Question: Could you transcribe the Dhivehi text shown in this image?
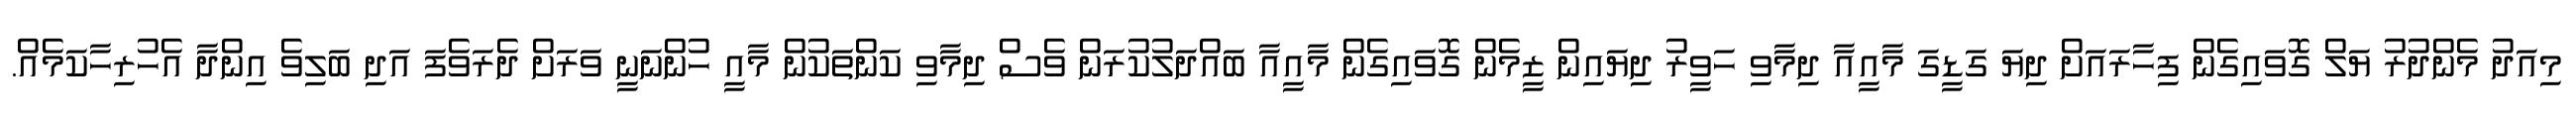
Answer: މިއަދު މެންދުރު ޔަލް ގޮވައިގެން ފިހާރައަށް ދިޔަ ގަޑީގަ މާއީއާ ދިމާވި ހަވީރު ދިޔައިން ޒީމެން ގޮވައިގެން މާއީއާ ބައްދަލުކުރަން ވެސް ދިމާވި ކަންތަކުން މާއީ ހުންނަނީ ވަރަށް ދެރަވެފަ އަދި ބަލިވެ އިންދާ އެހުރިހާކަމެއް.